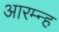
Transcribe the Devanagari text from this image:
आरम्न्ह